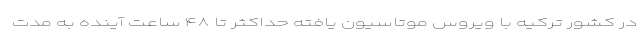
در کشور ترکیه با ویروس موتاسیون یافته حداکثر تا ۴۸ ساعت آینده به مدت